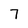
Character: 7